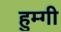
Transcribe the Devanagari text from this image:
हुम्गी